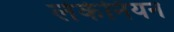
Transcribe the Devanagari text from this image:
लेकेनियन